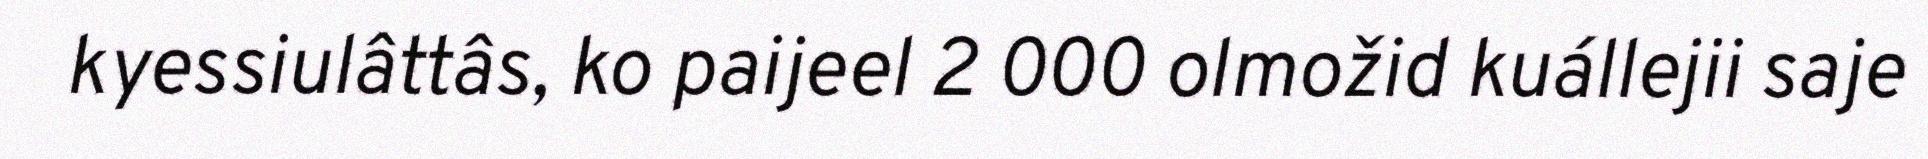
kyessiulâttâs, ko paijeel 2 000 olmožid kuállejii saje